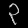
Digit: ၃